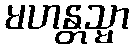
မဟန္တသ္မာ